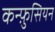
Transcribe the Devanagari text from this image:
कन्फ़ुसियन